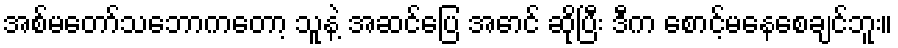
အစ်မတော်သဘောကတော့ သူနဲ့ အဆင်ပြေ အောင် ဆိုပြီး ဒီက စောင့်မနေစေချင်ဘူး။